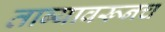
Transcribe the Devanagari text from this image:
ताब्यावरूनच